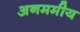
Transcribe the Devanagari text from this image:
अनममीय